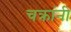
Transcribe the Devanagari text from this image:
चक्रांनी